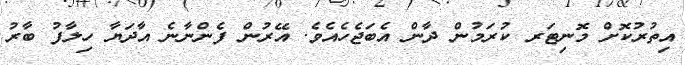
އިތުރުކޮށް މޮނިޓަރ ކުރަމުން ދާން އެބަޖެހެއެވެ. އޭރުން ފެންނާނެ އާދަޔާ ހިލާފު ބާރު